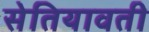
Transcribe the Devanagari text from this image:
सेतियावती